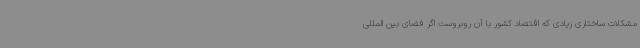
مشکلات ساختاری زیادی که اقتصاد کشور با آن روبروست اگر فضای بین المللی